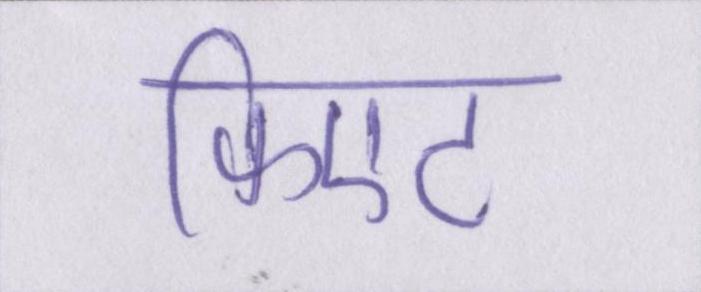
फिएट